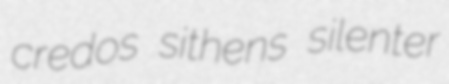
credos sithens silenter